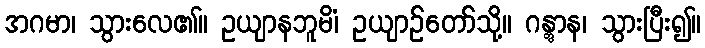
အဂမာ၊ သွားလေ၏။ ဥယျာနဘူမိံ၊ ဥယျာဉ်တော်သို့။ ဂန္တွာန၊ သွားပြီး၍။